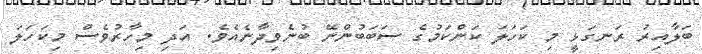
ބަލާއިރު ރަނގަޅީ މި ކަހަލަ ކަންކަމުގެ ސަބަބުންނޭ ބުނެވިދާނެއެވެ. އަދި މިހާރުވެސް މިކަހަލަ